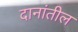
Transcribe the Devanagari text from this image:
दानांतील